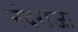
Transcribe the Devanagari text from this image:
नंदराजा